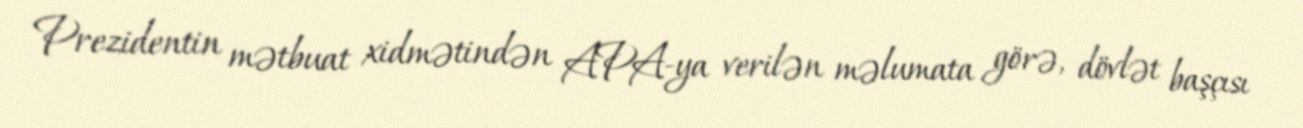
Prezidentin mətbuat xidmətindən APA-ya verilən məlumata görə, dövlət başçısı